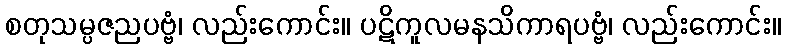
စတုသမ္ပဇညပဗ္ဗံ၊ လည်းကောင်း။ ပဋိကူလမနသိကာရပဗ္ဗံ၊ လည်းကောင်း။